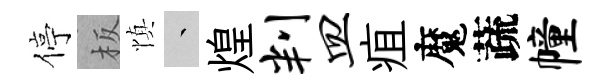
停板慎叢煌判皿疽魔蔬幢